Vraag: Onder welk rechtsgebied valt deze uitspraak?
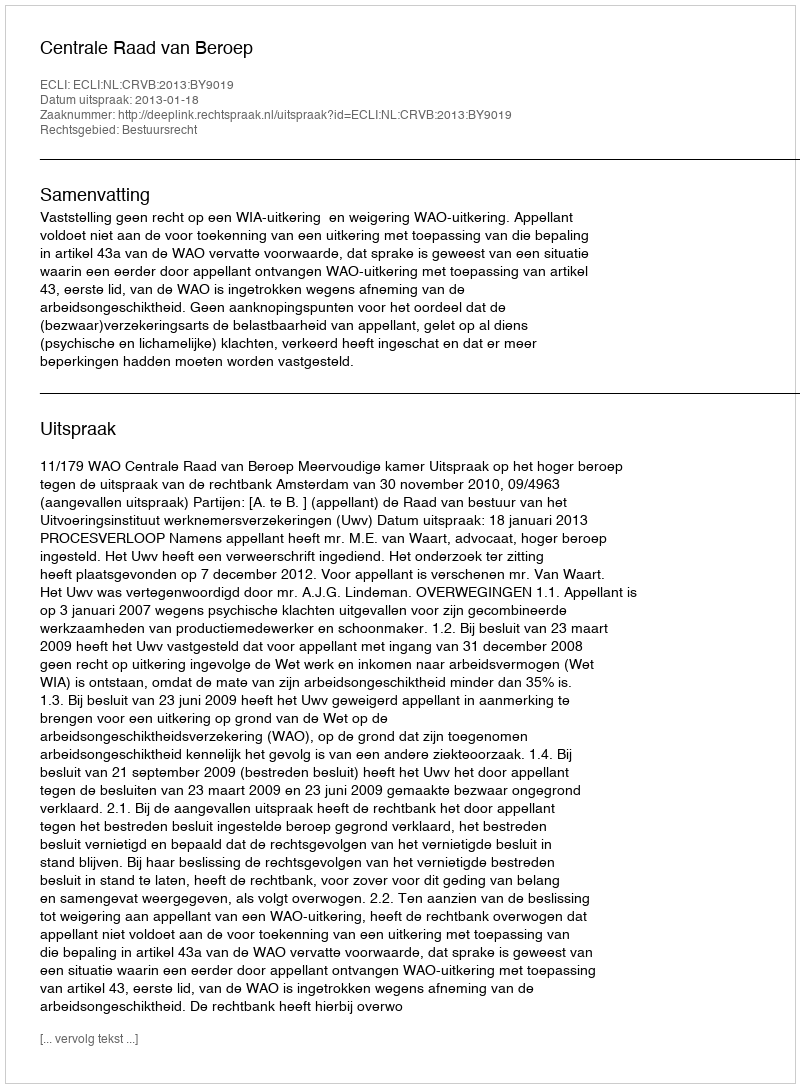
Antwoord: Bestuursrecht